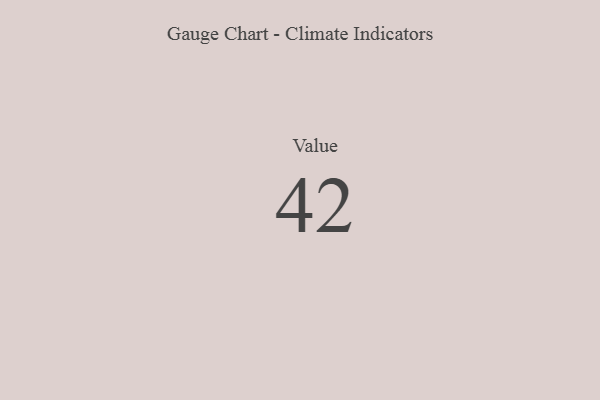
{"axis": {"x": "Metric", "y": "Value"}, "legend": [""], "data": [{"x": "Value", "y": 42, "type": ""}]}